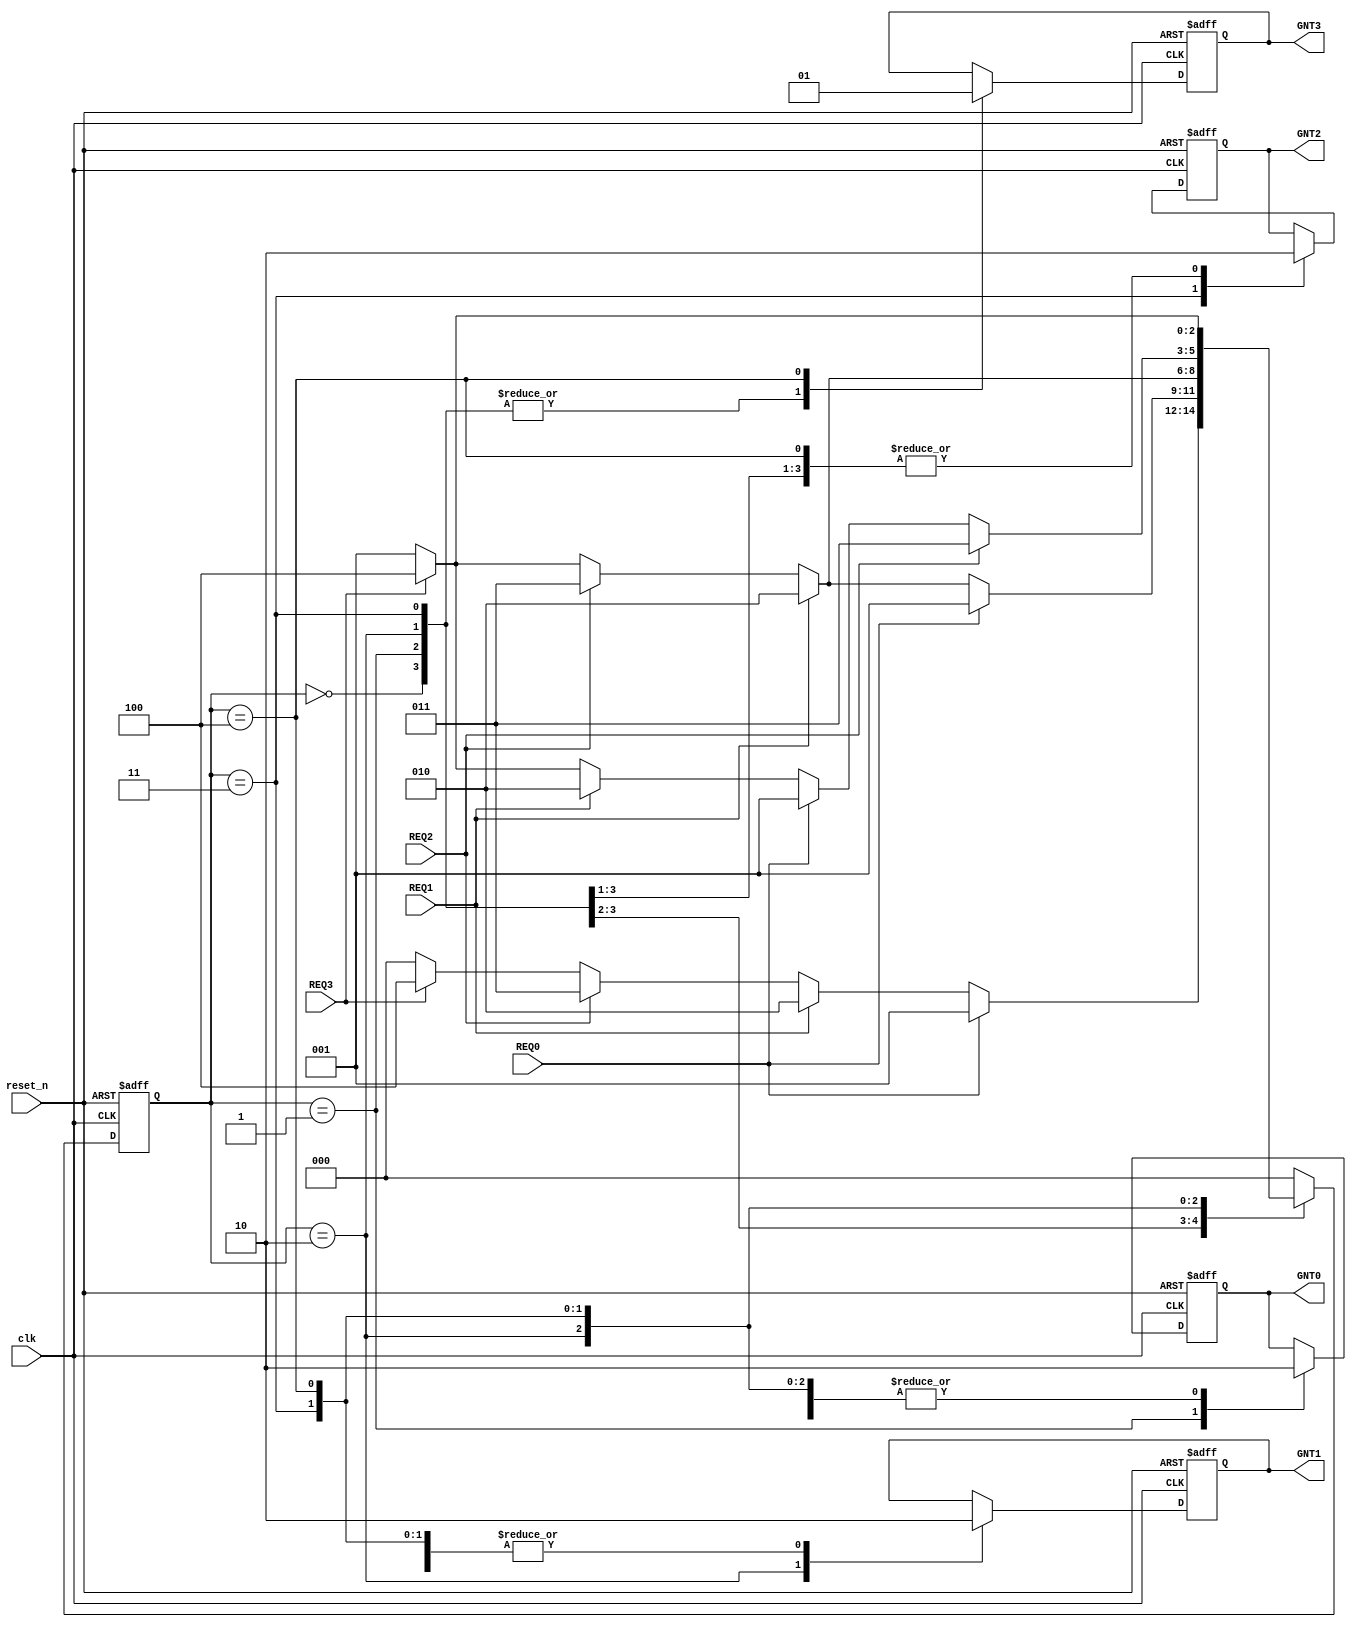
`timescale 1ns / 1ps

module pci_arbiter(clk, reset_n, REQ0, REQ1, REQ2, REQ3,
 GNT0, GNT1, GNT2, GNT3 ) ; 
input clk ,reset_n ,REQ0 ,REQ1 ,REQ2, REQ3 ; 
output GNT0 , GNT1 ,GNT2 ,GNT3 ; 
reg GNT0 ;  
reg GNT1 ; 
reg GNT2 ; 
reg GNT3 ; 
reg [2:0]arbiter_state ; // State declaration.
always @ (posedge clk or negedge reset_n) 
begin 
    if (reset_n == 0) 
         begin // Switch OFF all grant signals to start with. 
            GNT0 <= 0 ; 
            GNT1 <= 0 ; 
            GNT2 <= 0 ; 
            GNT3 <= 0 ; 
            arbiter_state <= 0 ;  
        end 
   else 
         case (arbiter_state) 
         0:    begin // Wait state.   // Switch OFF all grants signals.
                  GNT0 <= 0 ; 
                  GNT1 <= 0 ; 
                  GNT2 <= 0 ; 
                  GNT3 <= 0 ; 
                 if (REQ0 == 1)      // If Video Grabber request is asserted, // go to the Video Grabber state "1". 
                    arbiter_state <= 1 ; // Otherwise, go to the Video Codec, state "2". 
                 else if (REQ1 == 1) 
                    arbiter_state <= 2 ; // Otherwise, go to the Fire Wire, state "3". 
                 else if (REQ2 == 1) 
                    arbiter_state <= 3 ; // Otherwise, go to the Host (CPU), state "4". 
                 else if (REQ3 == 1) 
                    arbiter_state <= 4 ;  // Otherwise, go to the WAIT, state "0". 
                 else 
                    arbiter_state <= 0 ; 
                 end 
        1:    begin // Switch OFF all grant signals // except that of Video Grabber. 
                GNT0 <= 1 ; 
                GNT1 <= 0 ; 
                GNT2 <= 0 ; 
                GNT3 <= 0 ; 
                if (REQ0 == 1) // If Video Grabber request is still asserted, // remain in the Video Grabber state "1". 
                  arbiter_state <= 1 ; // Otherwise, go to the Video Codec, state "2". 
                else if (REQ1 == 1) 
                   arbiter_state <= 2 ;  // Otherwise, go to the Fire Wire, state "3". 
                 else if (REQ2 == 1) 
                     arbiter_state <= 3 ; // Otherwise, go to the Host (CPU), state "4". 
                else if (REQ3 == 1) 
                    arbiter_state <= 4 ; // Otherwise, go to the VG, state "1". 
                else 
                     arbiter_state <= 1 ; 
              end 
         2:    begin // Switch OFF all grant signals // except that of Video Codec. 
                  GNT0 <= 0 ; 
                  GNT1 <= 1 ; 
                  GNT2 <= 0 ; 
                  GNT3 <= 0 ; 
                 if (REQ1 == 1) // If Video Codec request is still asserted, remain in the Video Codec state "2". 
                      arbiter_state <= 2 ;   // Otherwise, go to the Fire Wire state "3". 
                 else if (REQ2 == 1) 
                        arbiter_state <= 3 ;  // Otherwise, go to the CPU state "4". 
                 else if (REQ3 == 1) 
                    arbiter_state <= 4 ; // Otherwise, go to the VG state "1". 
                else 
                    arbiter_state <= 1 ; 
                end 
         3:     begin // Switch OFF all grant signals except Fire Wire. 
                     GNT0 <= 0 ; 
                     GNT1 <= 0 ; 
                     GNT2 <= 1 ; 
                     GNT3 <= 0 ; 
                     if (REQ2 == 1)  // If Fire Wire request is still asserted, remain in the Fire Wire state "3". 
                        arbiter_state <= 3 ; // Otherwise, go to the Video Grabber, state "1". 
                     else if (REQ0 == 1) 
                        arbiter_state <= 1 ; // Otherwise, go to the Video Codec, state "2". 
                     else if (REQ1 == 1) 
                        arbiter_state <= 2 ; // Otherwise, go to the Host (CPU), state "4". 
                     else if (REQ3 == 1) 
                        arbiter_state <= 4 ; // Otherwise, go to the VG state "1". 
                     else 
                        arbiter_state <= 1 ; 
                 end 
        4:      begin // Switch OFF all grant signals except  // that for the Host. 
                GNT0 <= 0 ; 
                GNT1 <= 0 ; 
                GNT2 <= 0 ; 
                GNT3 <= 1 ; 
                if (REQ3 == 1) // If CPU request is still asserted, remain in the CPU state "4". 
                    arbiter_state <= 4 ; // Otherwise, go to the VG state "1". 
                else 
                    arbiter_state <= 1 ; 
                end 
       default: arbiter_state <= 0 ;  // Otherwise, remain in the WAIT state. 
   endcase 
   end 
   endmodule